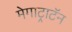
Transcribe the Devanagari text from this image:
मेगाट्राटॅन